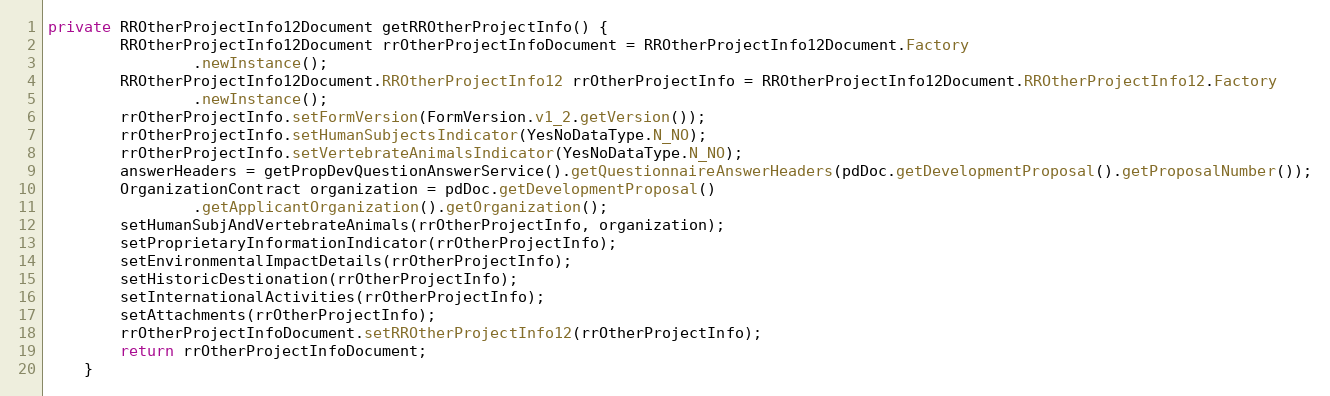
Language: Java
private RROtherProjectInfo12Document getRROtherProjectInfo() {
		RROtherProjectInfo12Document rrOtherProjectInfoDocument = RROtherProjectInfo12Document.Factory
				.newInstance();
		RROtherProjectInfo12Document.RROtherProjectInfo12 rrOtherProjectInfo = RROtherProjectInfo12Document.RROtherProjectInfo12.Factory
				.newInstance();
		rrOtherProjectInfo.setFormVersion(FormVersion.v1_2.getVersion());
		rrOtherProjectInfo.setHumanSubjectsIndicator(YesNoDataType.N_NO);
		rrOtherProjectInfo.setVertebrateAnimalsIndicator(YesNoDataType.N_NO);
		answerHeaders = getPropDevQuestionAnswerService().getQuestionnaireAnswerHeaders(pdDoc.getDevelopmentProposal().getProposalNumber());
		OrganizationContract organization = pdDoc.getDevelopmentProposal()
				.getApplicantOrganization().getOrganization();
		setHumanSubjAndVertebrateAnimals(rrOtherProjectInfo, organization);
		setProprietaryInformationIndicator(rrOtherProjectInfo);
		setEnvironmentalImpactDetails(rrOtherProjectInfo);
		setHistoricDestionation(rrOtherProjectInfo);
		setInternationalActivities(rrOtherProjectInfo);
		setAttachments(rrOtherProjectInfo);
		rrOtherProjectInfoDocument.setRROtherProjectInfo12(rrOtherProjectInfo);
		return rrOtherProjectInfoDocument;
	}